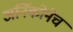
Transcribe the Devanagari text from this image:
अर्निकोनेच